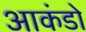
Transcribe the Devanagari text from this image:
आकंडो